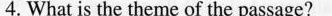
4. What is the theme of the passage?